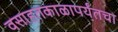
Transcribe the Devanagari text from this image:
वसाहतकाळापर्यंतचा